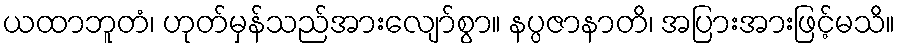
ယထာဘူတံ၊ ဟုတ်မှန်သည်အားလျော်စွာ။ နပ္ပဇာနာတိ၊ အပြားအားဖြင့်မသိ။